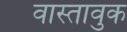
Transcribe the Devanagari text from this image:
वास्तावुक